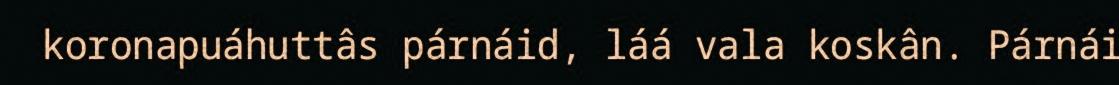
koronapuáhuttâs párnáid, láá vala koskân. Párnái